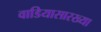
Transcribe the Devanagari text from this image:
वाडियासारख्या